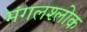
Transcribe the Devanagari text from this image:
मंगलश्लोक